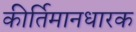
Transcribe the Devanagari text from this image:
कीर्तिमानधारक